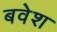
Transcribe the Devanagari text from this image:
बवेश